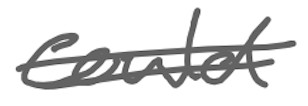
Text: could
Cross-out: double-line
Writing tool: digital_gray